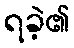
ရခဲ့၏